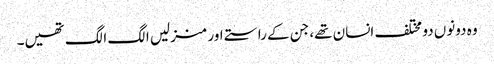
وہ دونوں دو مختلف انسان تھے، جن کے راستے اور منزلیں الگ الگ تھیں۔